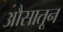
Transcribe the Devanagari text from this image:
औसातून